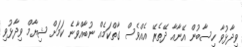
ވިދާޅުވާ ހިސާބުން އޭނާއާ ދޭތެރޭ އެއްވެސް ގާތްކަމެއް ނުބާއްވާނެ ކަމަށް ޝިޔާމް ވިދާޅުވި